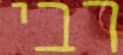
רבי